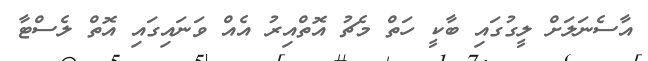
އާސެނަލަށް ލީގުގައި ބާކީ ހަތް މެޗު އޮތްއިރު އެއް ވަނައިގައި އޮތް ލެސްޓާ